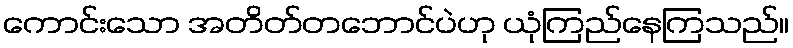
ကောင်းသော အတိတ်တဘောင်ပဲဟု ယုံကြည်နေကြသည်။